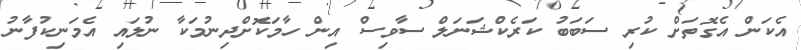
އެކަން އެގޮތަށް ކުރި ސަބަބު ކަރެކްޝަނަލް ސާވިސް އިން ހާމަކޮށްދިނުމަކާ ނުލައި އެމަނިކުފާނު